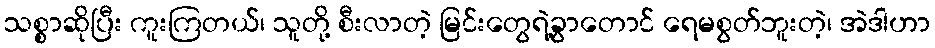
သစ္စာဆိုပြီး ကူးကြတယ်၊ သူတို့ စီးလာတဲ့ မြင်းတွေရဲ့ခွာတောင် ရေမစွတ်ဘူးတဲ့၊ အဲဒါဟာ